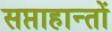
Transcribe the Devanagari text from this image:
सप्ताहान्तों